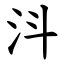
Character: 㳆